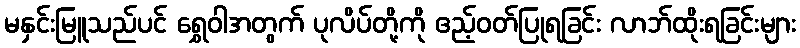
မနှင်းမြူသည်ပင် ရွှေဝါအတွက် ပုလိပ်တို့ကို ဧည့်ဝတ်ပြုရခြင်း လာဘ်ထိုးရခြင်းများ